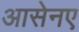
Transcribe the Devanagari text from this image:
आसेनए